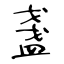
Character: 盞